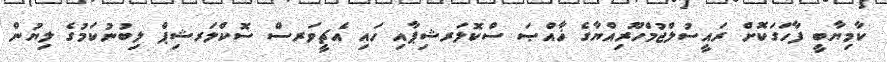
ކާމިޔާބީ ފާހަގަކޮށް ރައީސުލްޖުމްހޫރިއްޔާގެ ޚާއްޞަ ސްކޮލަރޝިޕާއި ހައި އެޗީވަރސް ސޮކްލަރޝިޕް ލިބުނުކަމުގެ ލިޔުން